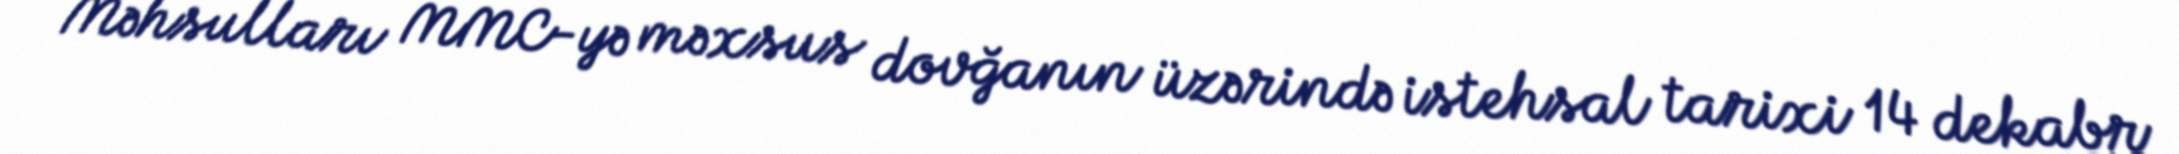
Məhsulları MMC-yə məxsus dovğanın üzərində istehsal tarixi 14 dekabr